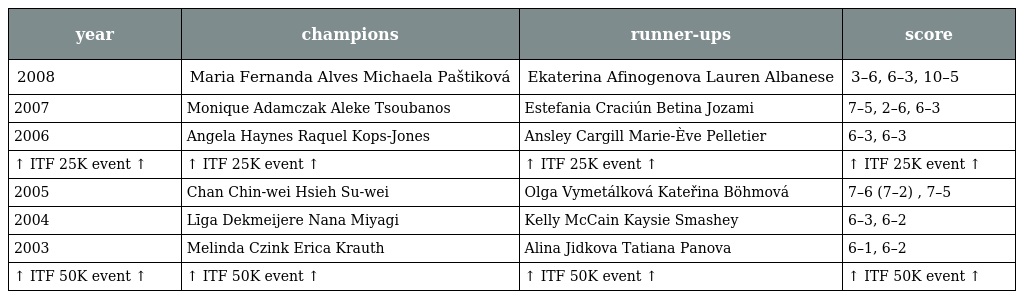
| year | champions | runner-ups | score |
 | --- | --- | --- | --- |
 | 2008 | Maria Fernanda Alves Michaela Paštiková | Ekaterina Afinogenova Lauren Albanese | 3–6, 6–3, 10–5 |
 | 2007 | Monique Adamczak Aleke Tsoubanos | Estefania Craciún Betina Jozami | 7–5, 2–6, 6–3 |
 | 2006 | Angela Haynes Raquel Kops-Jones | Ansley Cargill Marie-Ève Pelletier | 6–3, 6–3 |
 | ↑ ITF 25K event ↑ | ↑ ITF 25K event ↑ | ↑ ITF 25K event ↑ | ↑ ITF 25K event ↑ |
 | 2005 | Chan Chin-wei Hsieh Su-wei | Olga Vymetálková Kateřina Böhmová | 7–6 (7–2) , 7–5 |
 | 2004 | Līga Dekmeijere Nana Miyagi | Kelly McCain Kaysie Smashey | 6–3, 6–2 |
 | 2003 | Melinda Czink Erica Krauth | Alina Jidkova Tatiana Panova | 6–1, 6–2 |
 | ↑ ITF 50K event ↑ | ↑ ITF 50K event ↑ | ↑ ITF 50K event ↑ | ↑ ITF 50K event ↑ |